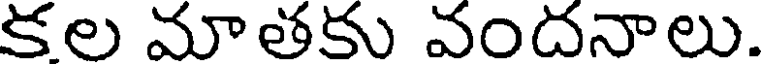
కల మాతకు వందనాలు.